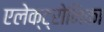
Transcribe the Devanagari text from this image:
एलेक्ट्रोनिका